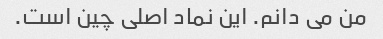
من می دانم. این نماد اصلی چین است.